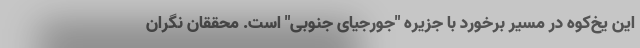
این یخ‌کوه در مسیر برخورد با جزیره "جورجیای جنوبی" است. محققان نگران